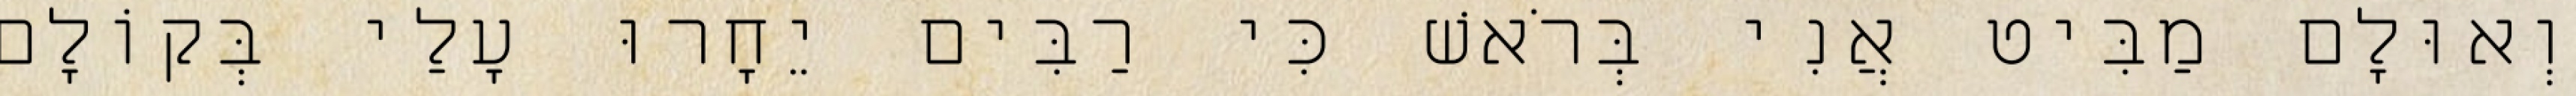
וְאוּלָם מַבִּיט אֲנִי בְּרֹאשׁ כִּי רַבִּים יֵחָרוּ עָלַי בְּקוֹלָם